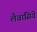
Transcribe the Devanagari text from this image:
लैवासिये